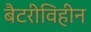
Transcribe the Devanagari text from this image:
बैटरीविहीन